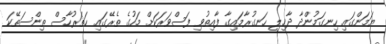
ޔަމަންގައި ހިނގަމުންދާ ދާޚިލީ ހަނގުރާމައިގާ ފާއިތުވި ފަސްވަރަކަށް މަހުގެ ތެރޭގައި ހަތަރުހާސް ތިންސަތޭކަ